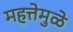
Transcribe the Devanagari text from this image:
महत्तेमुळे